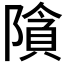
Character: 𮥞